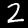
Digit: 2